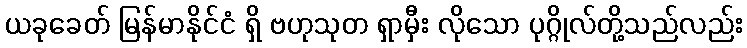
ယခုခေတ် မြန်မာနိုင်ငံ ရှိ ဗဟုသုတ ရှာမှီး လိုသော ပုဂ္ဂိုလ်တို့သည်လည်း